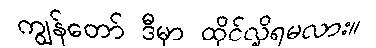
ကျွန်တော် ဒီမှာ ထိုင်လို့ရမလား။